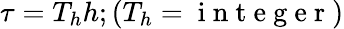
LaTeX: \tau=T_{h}h;(T_{h}=\mathrm{~i~n~t~e~g~e~r~})